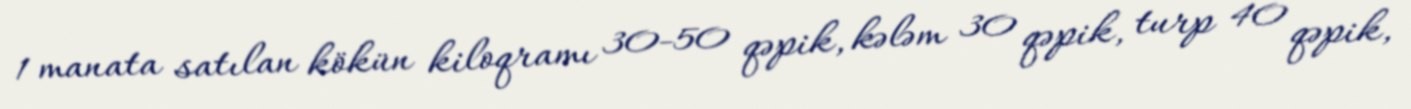
1 manata satılan kökün kiloqramı 30-50 qəpik, kələm 30 qəpik, turp 40 qəpik,